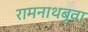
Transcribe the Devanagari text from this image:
रामनाथबुवा